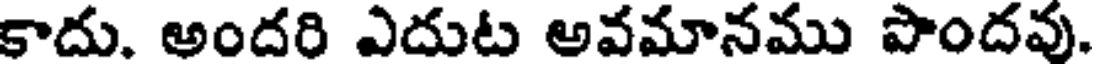
కాదు. అందరి ఎదుట అవమానము పొందవు.